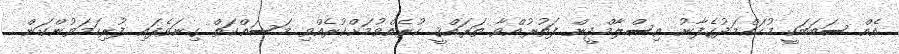
އެއް ސަބަބަކީ މުހައްމަދުގެފާނު އިސްލާމްދީން ފަތުރުއްވާ ތަރައްޤީ ކުރެއްވުމަށްކުރެއްވި މަސައްކަތް ގިނަވެފައި ފުރިހަމަވުންކަން.